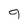
Character: 9